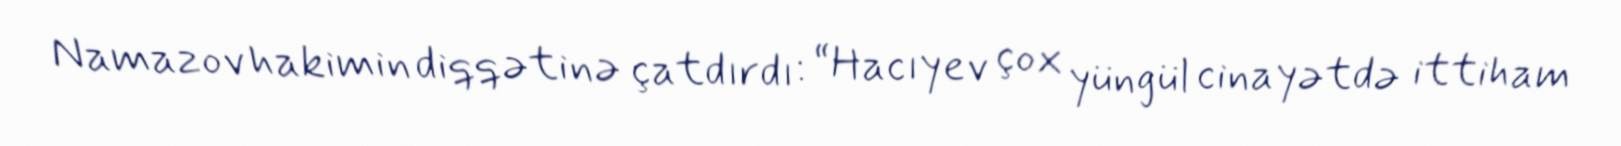
Namazov hakimin diqqətinə çatdırdı: “Hacıyev çox yüngül cinayətdə ittiham